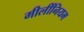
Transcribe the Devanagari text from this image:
मीलींनियम